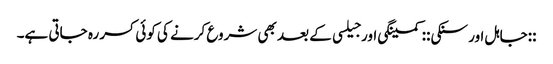
::جاہل اور سنکی:: کمینگی اور جیلسی کے بعد بھی شروع کرنے کی کوئی کسر رہ جاتی ہے۔